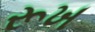
રૂખ